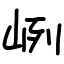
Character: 峢